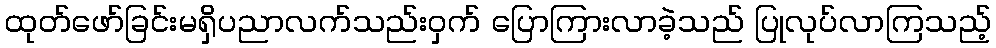
ထုတ်ဖော်ခြင်းမရှိပညာလက်သည်းဝှက် ပြောကြားလာခဲ့သည် ပြုလုပ်လာကြသည့်